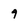
Character: 9